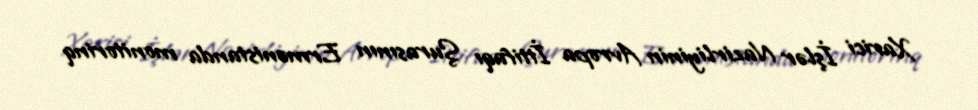
Xarici İşlər Nazirliyinin Avropa İttifaqı Şurasının Ermənistanda monitorinq